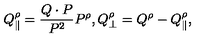
Q _ { \| } ^ { \rho } = { \frac { Q \cdot P } { P ^ { 2 } } } P ^ { \rho } , Q _ { \bot } ^ { \rho } = Q ^ { \rho } - Q _ { \| } ^ { \rho } ,